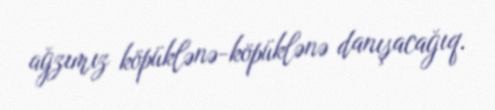
ağzımız köpüklənə-köpüklənə danışacağıq.